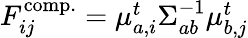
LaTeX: \begin{array}{r}{F_{ij}^{\mathrm{comp.}}=\mu_{a,i}^{t}{\Sigma}_{ab}^{-1}\mu_{b,j}^{t}}\end{array}